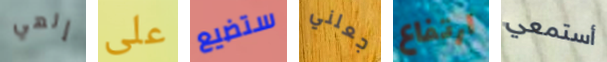
إلهي على ستضيع جعلني ارتفاع أستمعي